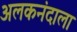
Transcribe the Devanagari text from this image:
अलकनंदाला